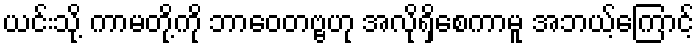
ယင်းသို့ ကာမတို့ကို ဘာဝေတဗ္ဗဟု အလိုရှိစေကာမူ အဘယ့်ကြောင့်